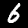
Digit: 6